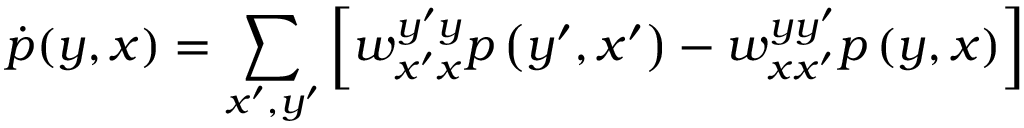
\dot { p } ( y , x ) = \sum _ { x ^ { \prime } , y ^ { \prime } } \left[ w _ { x ^ { \prime } x } ^ { y ^ { \prime } y } p \left( y ^ { \prime } , x ^ { \prime } \right) - w _ { x x ^ { \prime } } ^ { y y ^ { \prime } } p \left( y , x \right) \right]